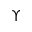
\Upsilon